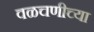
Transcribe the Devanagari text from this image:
वळचणीच्या